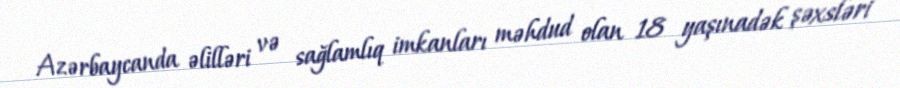
Azərbaycanda əlilləri və sağlamlıq imkanları məhdud olan 18 yaşınadək şəxsləri